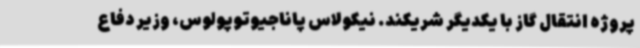
پروژه انتقال گاز با یکدیگر شریکند. نیکولاس پاناجیوتوپولوس، وزیر دفاع